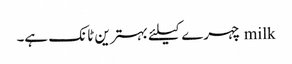
milk چہرے کیلئے بہترین ٹانک ہے۔